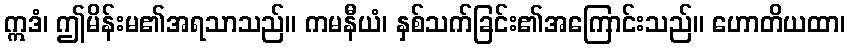
ဣဒံ၊ ဤမိန်းမ၏အရသာသည်။ ကမနီယံ၊ နှစ်သက်ခြင်း၏အကြောင်းသည်။ ဟောတိယထာ၊